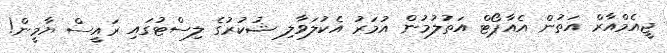
ޖީއެމްއާރް އަތުން އެއާޕޯޓް އަތުލުމުން އުމަރު އެކުލަވާލި ޝުކުރުގެ ލިސްޓުގައި ރައީސް ޔާމީން!